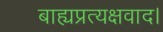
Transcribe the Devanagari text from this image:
बाह्यप्रत्यक्षवाद।